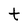
Character: t